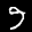
Label: 9